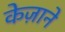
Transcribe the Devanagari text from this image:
केज़ाने